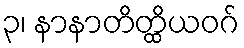
၃၊ နာနာတိတ္ထိယဝဂ်